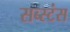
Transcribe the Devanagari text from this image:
सब्स्टंस